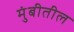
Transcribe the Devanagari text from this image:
मुंबीतील